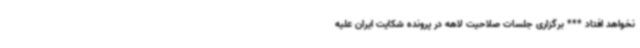
نخواهد افتاد *** برگزاری جلسات صلاحیت لاهه در پرونده شکایت ایران علیه